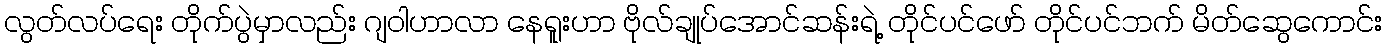
လွတ်လပ်ရေး တိုက်ပွဲမှာလည်း ဂျဝါဟာလာ နေရူးဟာ ဗိုလ်ချုပ်အောင်ဆန်းရဲ့ တိုင်ပင်ဖော် တိုင်ပင်ဘက် မိတ်ဆွေကောင်း